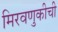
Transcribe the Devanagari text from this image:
मिरवणुकीची